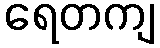
ရေတကျ